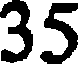
35